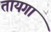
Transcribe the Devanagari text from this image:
तायगा